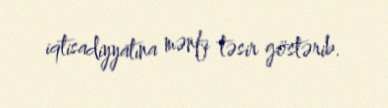
iqtisadiyyatına mənfi təsir göstərib.